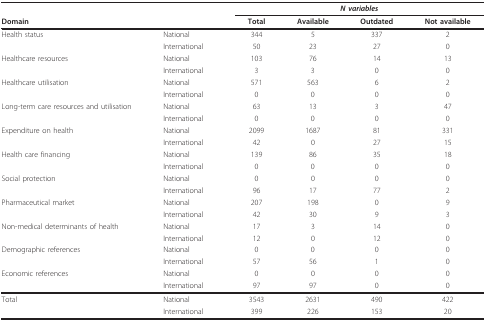
|  |  | <COLSPAN=4> N variables |
 | Domain |  | Total | Available | Outdated | Not available |
 | --- | --- | --- | --- | --- | --- |
 | Health status | National | 344 | 5 | 337 | 2 |
 |  | International | 50 | 23 | 27 | 0 |
 | Healthcare resources | National | 103 | 76 | 14 | 13 |
 |  | International | 3 | 3 | 0 | 0 |
 | Healthcare utilisation | National | 571 | 563 | 6 | 2 |
 |  | International | 0 | 0 | 0 | 0 |
 | Long-term care resources and utilisation | National | 63 | 13 | 3 | 47 |
 |  | International | 0 | 0 | 0 | 0 |
 | Expenditure on health | National | 2099 | 1687 | 81 | 331 |
 |  | International | 42 | 0 | 27 | 15 |
 | Health care financing | National | 139 | 86 | 35 | 18 |
 |  | International | 0 | 0 | 0 | 0 |
 | Social protection | National | 0 | 0 | 0 | 0 |
 |  | International | 96 | 17 | 77 | 2 |
 | Pharmaceutical market | National | 207 | 198 | 0 | 9 |
 |  | International | 42 | 30 | 9 | 3 |
 | Non-medical determinants of health | National | 17 | 3 | 14 | 0 |
 |  | International | 12 | 0 | 12 | 0 |
 | Demographic references | National | 0 | 0 | 0 | 0 |
 |  | International | 57 | 56 | 1 | 0 |
 | Economic references | National | 0 | 0 | 0 | 0 |
 |  | International | 97 | 97 | 0 | 0 |
 | Total | National | 3543 | 2631 | 490 | 422 |
 |  | International | 399 | 226 | 153 | 20 |